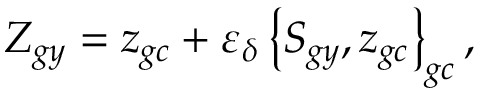
Z _ { g y } = z _ { g c } + \varepsilon _ { \delta } \left\{ S _ { g y } , z _ { g c } \right\} _ { g c } ,